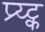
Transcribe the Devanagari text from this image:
प्र्य्ट्क